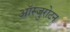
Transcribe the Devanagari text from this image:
ऑस्जुरोटन